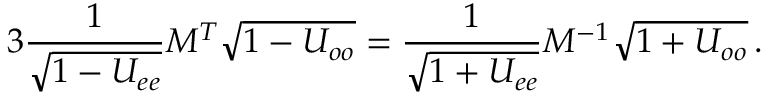
3 \frac { 1 } { \sqrt { 1 - U _ { e e } } } M ^ { T } \sqrt { 1 - U _ { o o } } = \frac { 1 } { \sqrt { 1 + U _ { e e } } } M ^ { - 1 } \sqrt { 1 + U _ { o o } } \, .